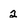
Character: 2